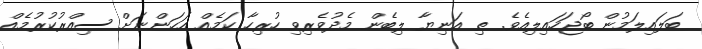
ބަލައިލަމުން ބޯޖަހައިލިއެވެ. ތި އަނިޔާ ލިބެން މެދުވެރިވި ހުރިހާ ކަމެއް އަހަންނަށް ސިއްރުކުރުމެއް